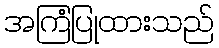
အကြံပြုထားသည်